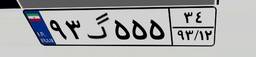
۸۴گ۶۴۸۹۴